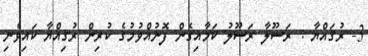
3- ރުޤައްޔާ : ރަސޫލާ ރަސޫލު ކަމާއިގެން ފޮނުއްވުމުގެ ކުރިން ރުޤިއްޔާ ކައިވެނި